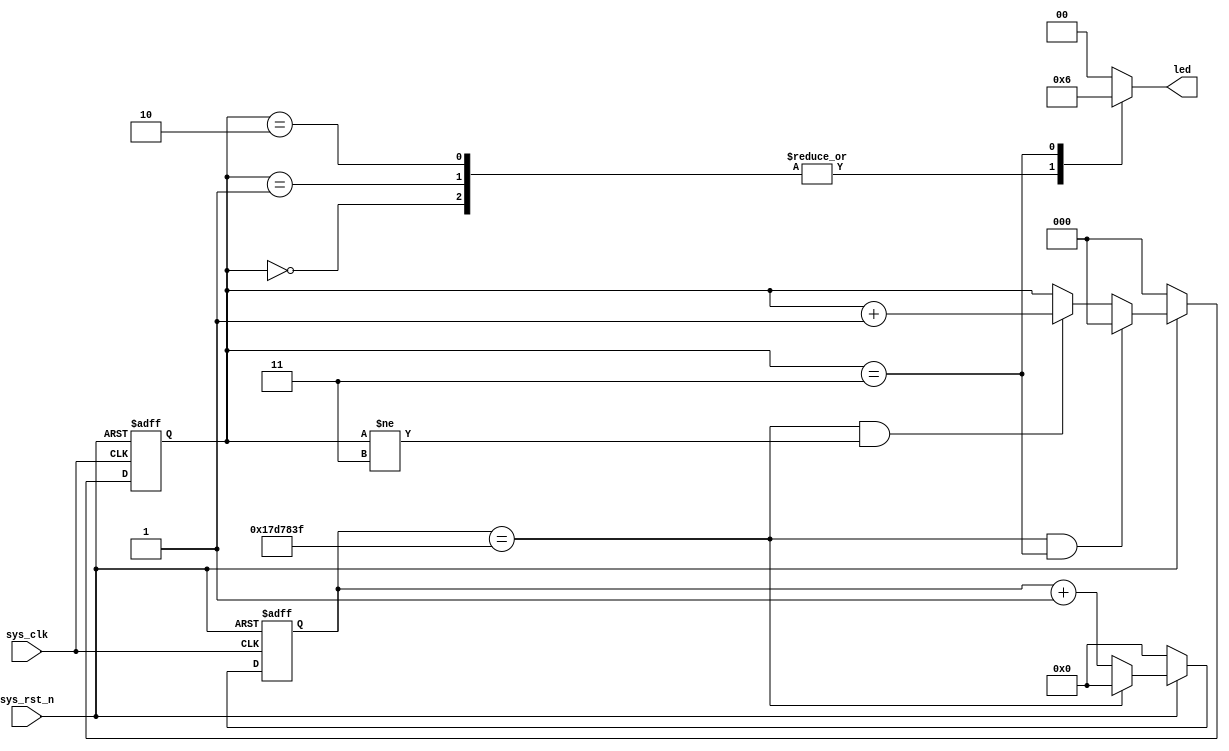
// Generator : SpinalHDL v1.6.0    git head : 73c8d8e2b86b45646e9d0b2e729291f2b65e6be3
// Component : FlowLED
// Git hash  : 702f67ba8ceb94fd98403ab47232e55cadb24577



module FlowLED (
  input               sys_clk,
  input               sys_rst_n,
  output reg [1:0]    led
);
  wire                _zz_1;
  reg        [31:0]   clkCtrl_flow_led_cnt;
  wire                when_flow_led_l21;
  wire                when_flow_led_l23;
  reg        [2:0]    clkCtrl_flow_led_flag;
  wire                when_flow_led_l31;
  wire                when_flow_led_l33;
  wire                when_flow_led_l35;

  assign _zz_1 = (! sys_rst_n);
  assign when_flow_led_l21 = (! sys_rst_n);
  assign when_flow_led_l23 = (clkCtrl_flow_led_cnt == 32'h017d783f);
  assign when_flow_led_l31 = (! sys_rst_n);
  assign when_flow_led_l33 = ((clkCtrl_flow_led_cnt == 32'h017d783f) && (clkCtrl_flow_led_flag == 3'b011));
  assign when_flow_led_l35 = ((clkCtrl_flow_led_cnt == 32'h017d783f) && (clkCtrl_flow_led_flag != 3'b011));
  always @(*) begin
    case(clkCtrl_flow_led_flag)
      3'b000 : begin
        led = 2'b01;
      end
      3'b001 : begin
        led = 2'b01;
      end
      3'b010 : begin
        led = 2'b01;
      end
      3'b011 : begin
        led = 2'b10;
      end
      default : begin
        led = 2'b00;
      end
    endcase
  end

  always @(posedge sys_clk or posedge _zz_1) begin
    if(_zz_1) begin
      clkCtrl_flow_led_cnt <= 32'h0;
      clkCtrl_flow_led_flag <= 3'b000;
    end else begin
      if(when_flow_led_l21) begin
        clkCtrl_flow_led_cnt <= 32'h0;
      end else begin
        if(when_flow_led_l23) begin
          clkCtrl_flow_led_cnt <= 32'h0;
        end else begin
          clkCtrl_flow_led_cnt <= (clkCtrl_flow_led_cnt + 32'h00000001);
        end
      end
      if(when_flow_led_l31) begin
        clkCtrl_flow_led_flag <= 3'b000;
      end else begin
        if(when_flow_led_l33) begin
          clkCtrl_flow_led_flag <= 3'b000;
        end else begin
          if(when_flow_led_l35) begin
            clkCtrl_flow_led_flag <= (clkCtrl_flow_led_flag + 3'b001);
          end
        end
      end
    end
  end


endmodule